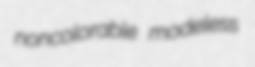
noncolorable modeless